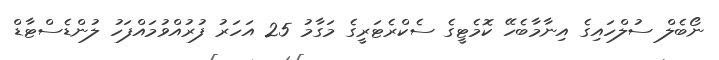
ނޯބެލް ސުލްހައިގެ އިނާމާބެހޭ ކޮމެޓީގެ ސެކްރެޓަރީގެ މަގާމު 25 އަހަރު ފުރުއްވުމައްފަހު ލުންޑެސްޓާޑް